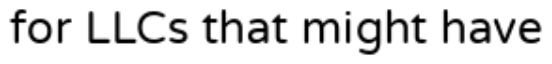
for LLCs that might have